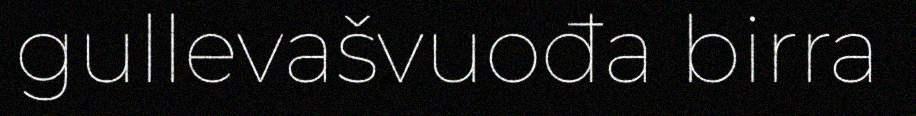
gullevašvuođa birra